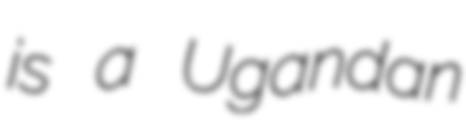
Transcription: is a Ugandan